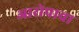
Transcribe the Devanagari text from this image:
आरोपाचा